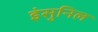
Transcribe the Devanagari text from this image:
इंसुनिल